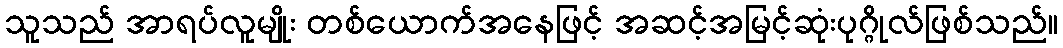
သူသည် အာရပ်လူမျိုး တစ်ယောက်အနေဖြင့် အဆင့်အမြင့်ဆုံးပုဂ္ဂိုလ်ဖြစ်သည်။